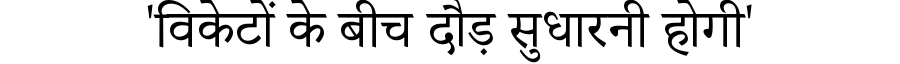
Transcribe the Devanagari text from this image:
'विकेटों के बीच दौड़ सुधारनी होगी'